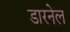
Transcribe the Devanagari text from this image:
डारनेल